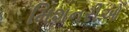
મિશનરીઓ